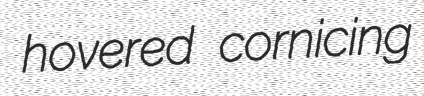
hovered cornicing